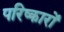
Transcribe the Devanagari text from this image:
परिष्कारों